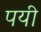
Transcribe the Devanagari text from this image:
पयी